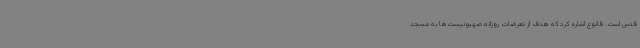
قدس است. قانوع اشاره کرد که هدف از تعرضات روزانه صهیونیست‌ها به مسجد